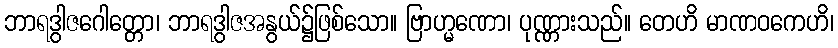
ဘာရဒွါဇဂေါတ္တော၊ ဘာရဒွါဇအနွယ်၌ဖြစ်သော။ ဗြာဟ္မဏော၊ ပုဏ္ဏားသည်။ တေဟိ မာဏဝကေဟိ၊